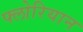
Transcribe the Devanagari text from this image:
फ्लोरियान